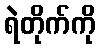
ရဲတိုက်ကို